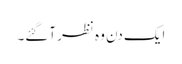
ایک دن وہ نظر آگئے۔